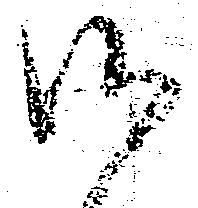
御